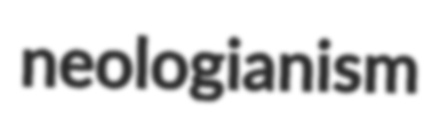
neologianism